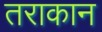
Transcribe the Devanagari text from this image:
तराकान